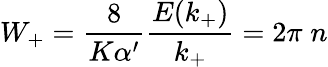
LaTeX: W_{+}=\frac{8}{K\alpha^{\prime}}\frac{E(k_{+})}{k_{+}}=2\pi\; n